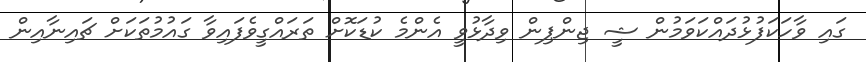
ގައި ވާހަކަފުޅުދައްކަވަމުން ޝީ ޖިންޕިން ވިދާޅުވީ އެންމެ ކުޑަކޮށް ތަރައްގީވެފައިވާ ގައުމުތަކަށް ޗައިނާއިން